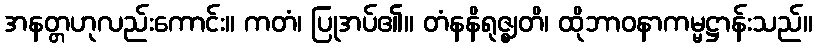
အနတ္တဟုလည်းကောင်း။ ကတံ၊ ပြုအပ်၏။ တံနနိရုဇ္ဈတိ၊ ထိုဘာဝနာကမ္မဋ္ဌာန်းသည်။